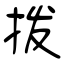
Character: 拨